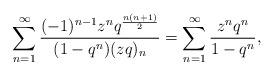
LaTeX: \begin{align*}\sum_{n=1}^{\infty} \frac{(-1)^{n-1} z^n q^{\frac{n(n+1)}{2} } }{(1-q^n) (z q)_n } = \sum_{n=1}^{\infty} \frac{z^n q^n }{1-q^n},\end{align*}